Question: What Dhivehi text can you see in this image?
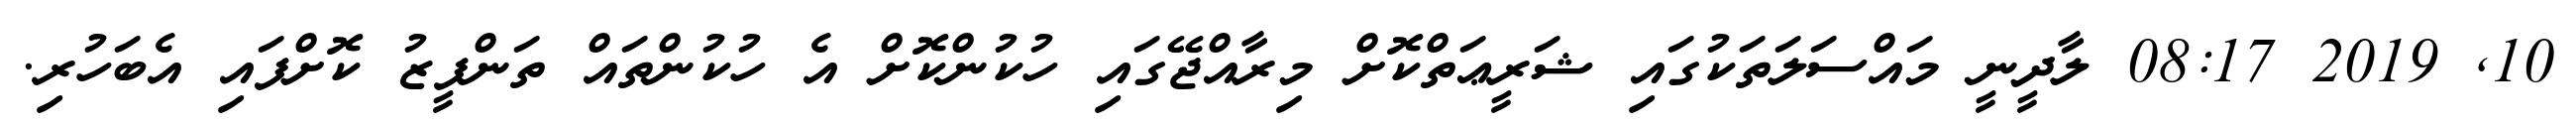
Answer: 10, 2019 08:17 ލާދީނީ މައްސަލަތަކުގައި ޝަރީޢަތްކޮށް މިރާއްޖޭގައި ހުކުންކޮށް އެ ހުކުންތައް ތަންފީޒު ކޮށްފައި އެބަހުރި.